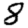
Digit: 8